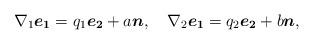
LaTeX: \begin{align*} \nabla_{1}\boldsymbol{e_{1}}=q_{1}\boldsymbol{e_{2}}+a\boldsymbol{n},\ \ \ \nabla_{2}\boldsymbol{e_{1}}=q_{2}\boldsymbol{e_{2}}+b\boldsymbol{n},\end{align*}